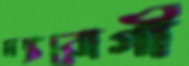
দন্তরোগী